65_HS1-834228961_62-HQ-83894_SUB_A
Agency: FBI
Page 14
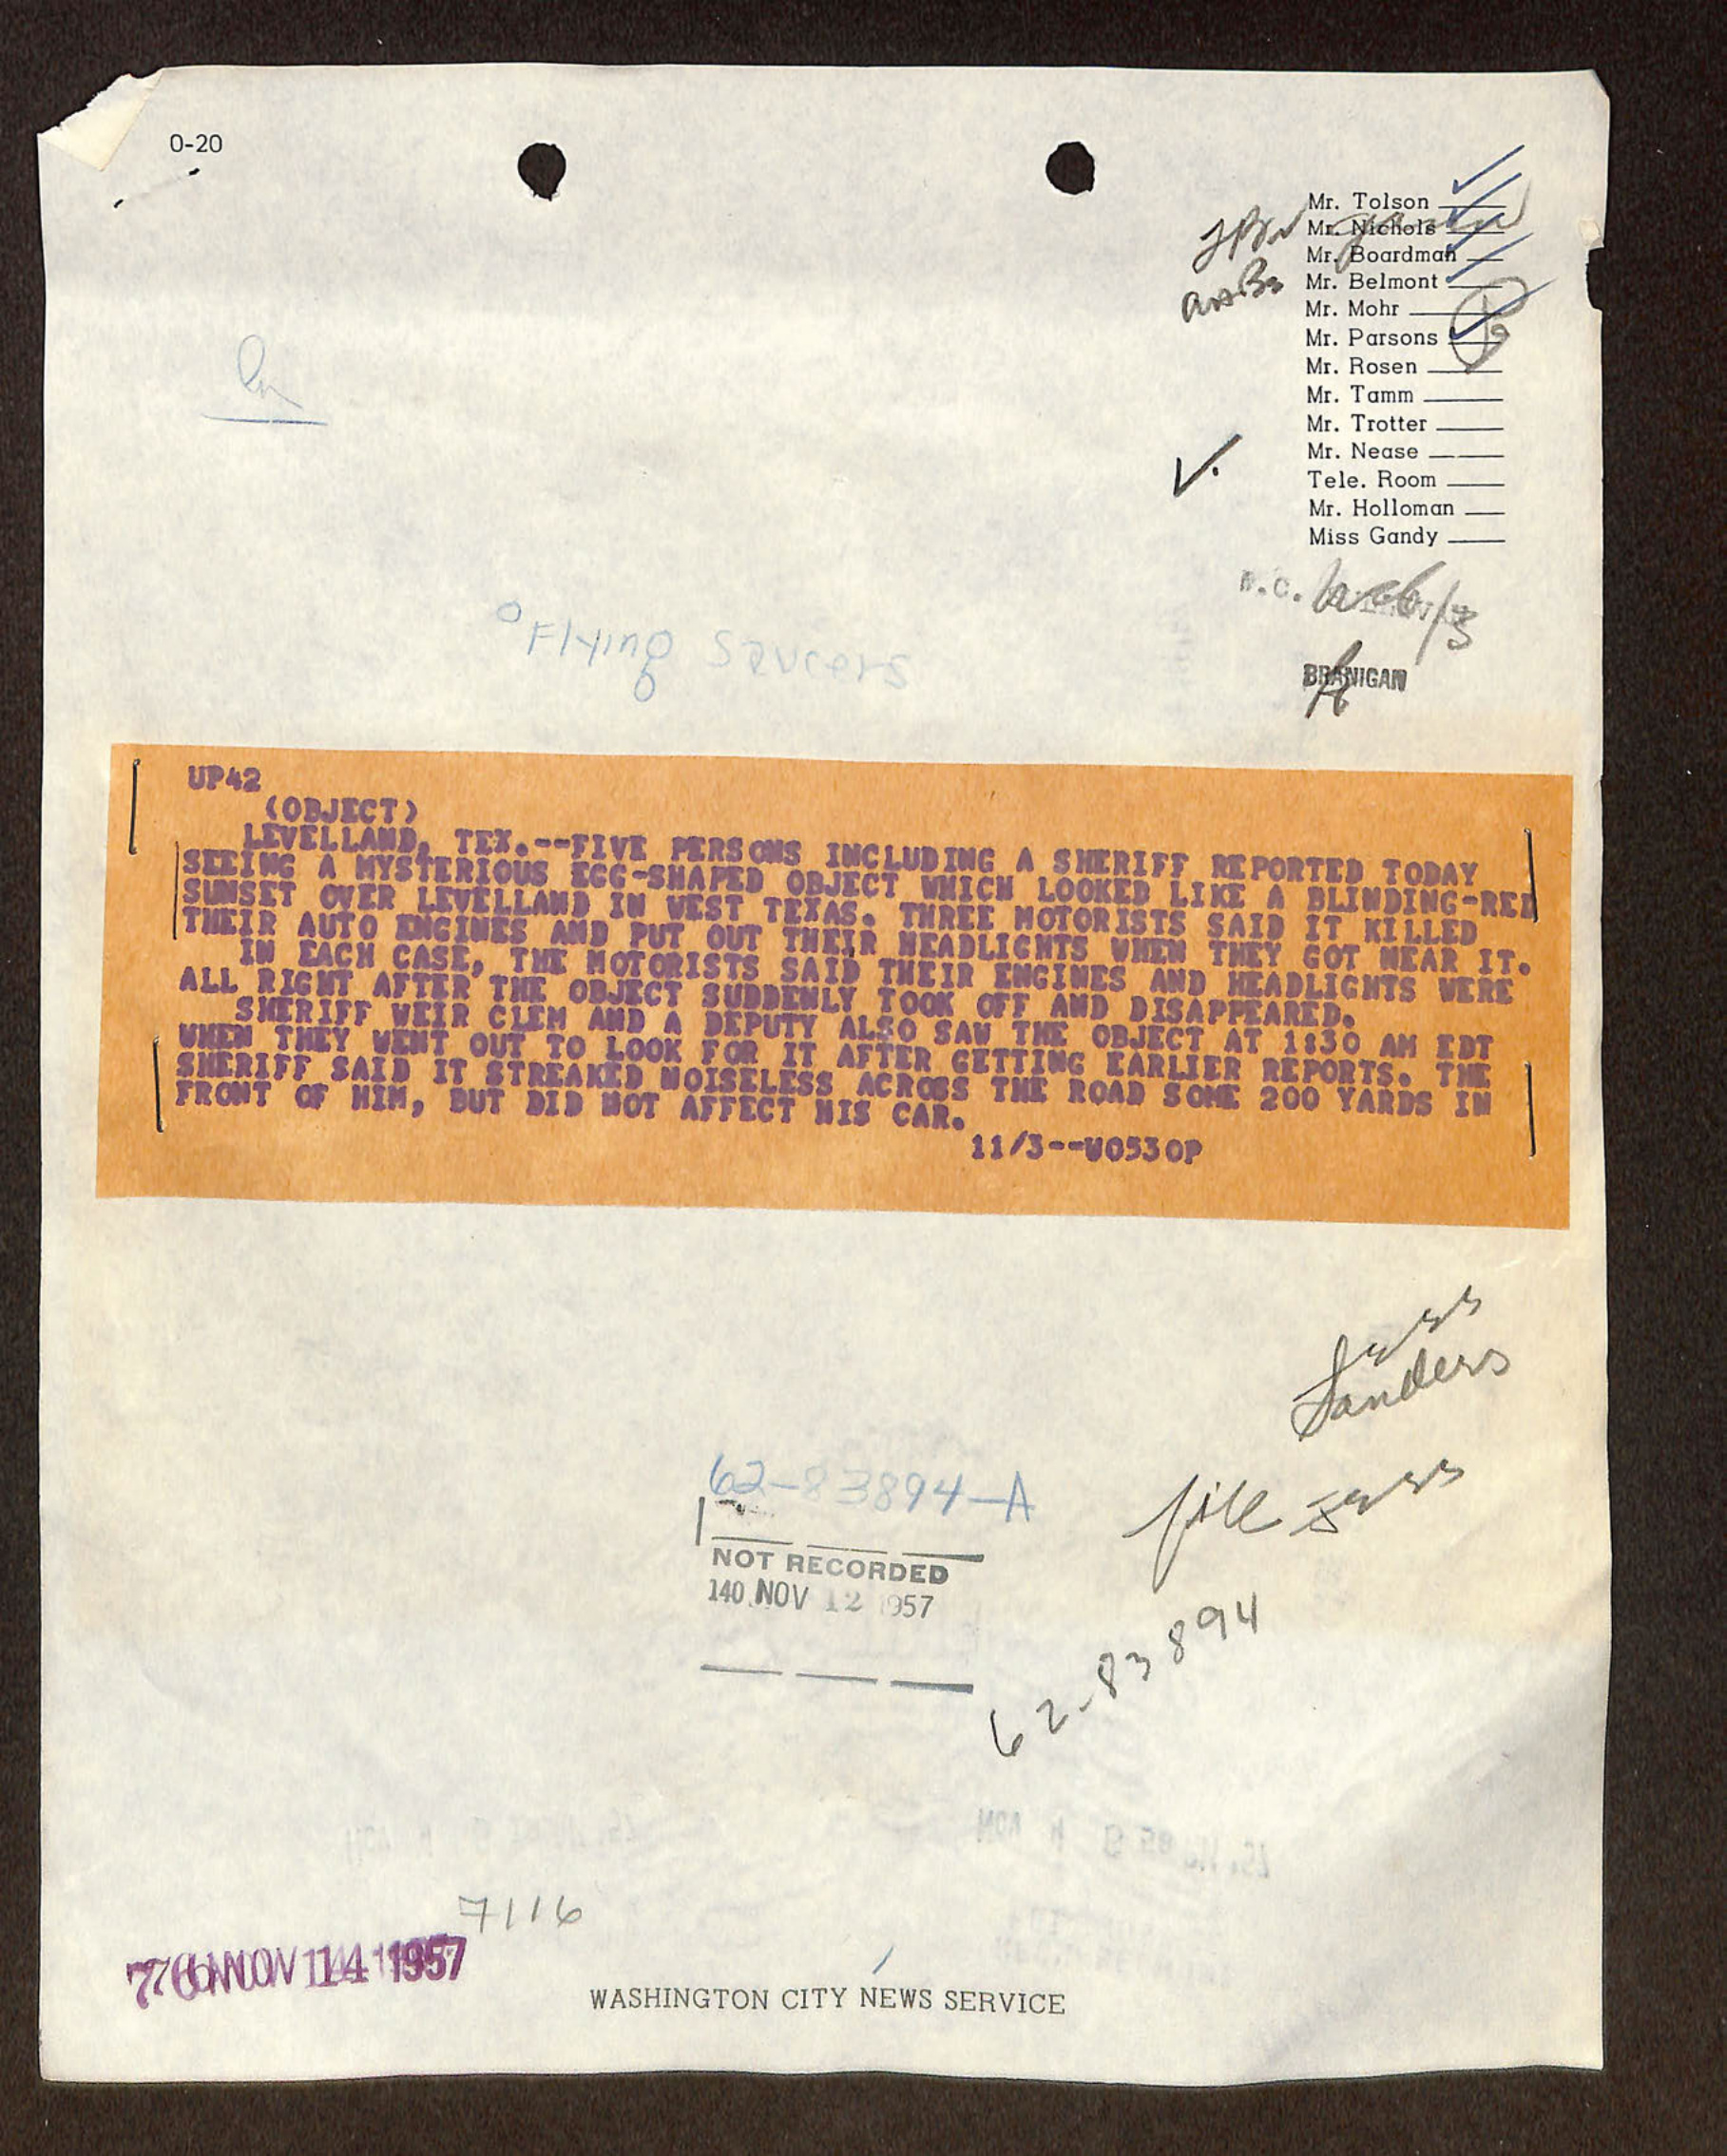